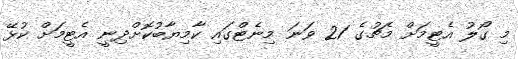
މި ގޯލު އެޓީމަށް މެޗުގެ 21 ވަނަ މިނެޓްގައި ކާމިޔާބުކޮށްދިނީ އެޓީމަށް ކުޅޭ